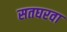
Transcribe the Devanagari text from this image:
सतघरवा